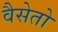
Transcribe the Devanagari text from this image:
वैसेतो